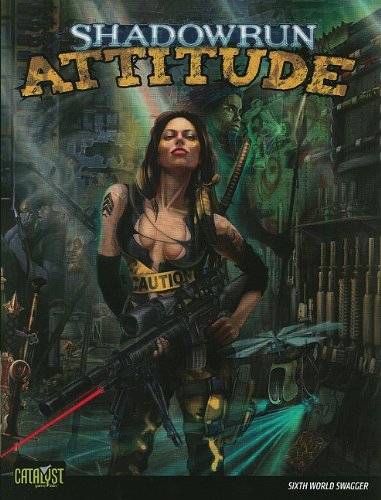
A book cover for Shadowrun Attitude (Shadowrun (Catalyst)); Catalyst Game Labs(Manufactured by); Science Fiction & Fantasy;